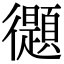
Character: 𢖤